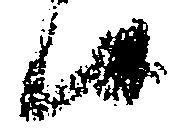
候